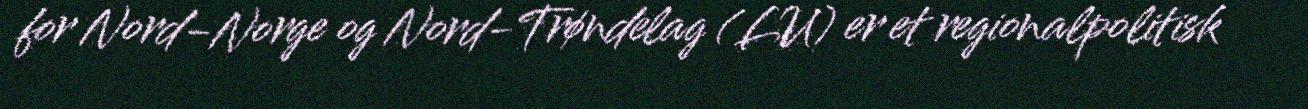
for Nord-Norge og Nord-Trøndelag (LU) er et regionalpolitisk